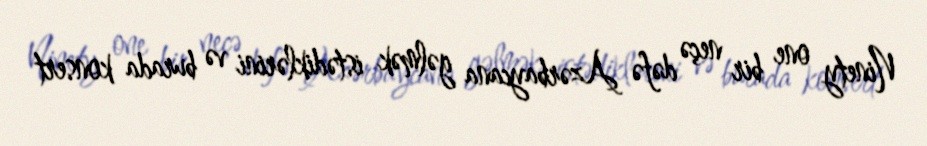
Ninety one bir neçə dəfə Azərbaycana gəlmək istədiklərini və burada konsert